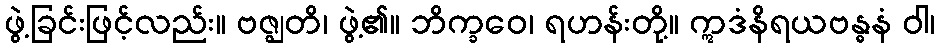
ဖွဲ့ခြင်းဖြင့်လည်း။ ဗဇ္ဈတိ၊ ဖွဲ့၏။ ဘိက္ခဝေ၊ ရဟန်းတို့။ ဣဒံနိရယဗန္ဓနံ ဝါ၊